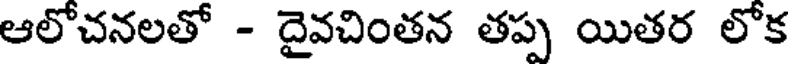
ఆలోచనలతో - దైవచింతన తప్ప యితర లోక